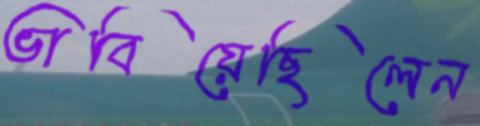
ভাবিয়েছিলেন